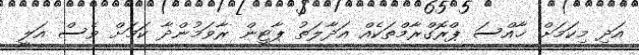
އަދި މިކަމަށް ޚާއްސަ ޕްރޮގްރާމްތަކެއް އަދާލަތު ޕާޓީން ރާވަމުންދާ ކަމަށް ވެސް އަލީ